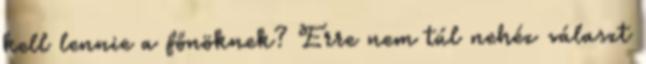
kell lennie a főnöknek? Erre nem túl nehéz választ